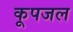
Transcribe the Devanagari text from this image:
कूपजल